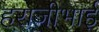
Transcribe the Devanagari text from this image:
हराजीभाई